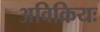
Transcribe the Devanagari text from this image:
अविक्रियः